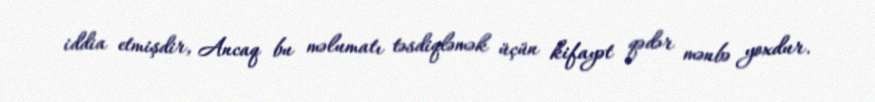
iddia etmişdir, Ancaq bu məlumatı təsdiqləmək üçün kifayət qədər mənbə yoxdur.